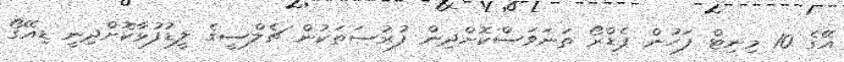
އޭގެ 10 މިނިޓް ފަހުން ޕެޑްރޯ ތަނަވަސްކޮށްދިން ފުރުސަތަކުން ޗެލްސީގެ ލީޑުފުޅާކޮށްދިނީ ޑިއޭގޯ